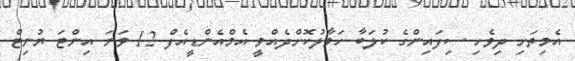
އެމިތަށި ދިވެހި ސިފައިންގެ ކުލަބާ ހަވާލުކޮށްދެއްވީ އެމްއެންޑީއެފް 12 ވަނަ އިންޓަ ޔުނިޓް